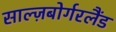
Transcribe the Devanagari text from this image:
साल्ज़बोर्गरलैंड